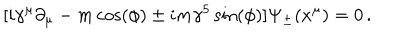
[ i \gamma ^ { \mu } \partial _ { \mu } - m \cos ( \phi ) \pm i m \gamma ^ { 5 } \sin ( \phi ) ] \Psi _ { \pm } ( x ^ { \mu } ) = 0 \, .